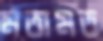
মতামত